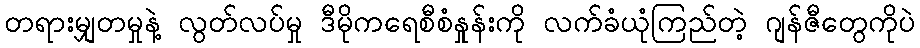
တရားမျှတမှုနဲ့ လွတ်လပ်မှု ဒီမိုကရေစီစံနှုန်းကို လက်ခံယုံကြည်တဲ့ ဂျန်ဇီတွေကိုပဲ